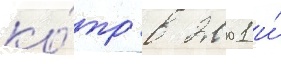
ко́тр в 2001 и́